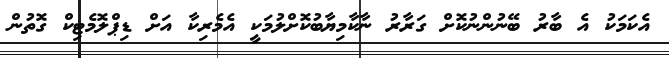
އެކަމަކު އެ ބާރު ބޭނުންނުކޮށް ގަރާރު ނާކާމިޔާބުކޮށްލުމަކީ އެމެރިކާ އަށް ޑިޕްލޮމެޓިކް ގޮތުން